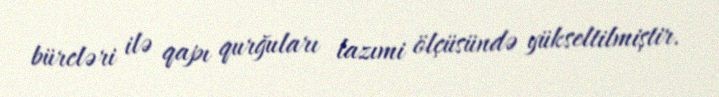
bürcləri ilə qapı qurğuları lazımi ölçüsündə yükseltilmiştir.